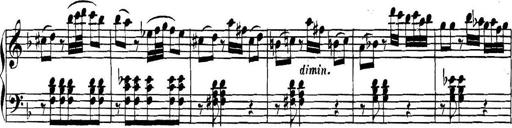
Title: Collected Piano Sonatas
Composer: Muzio Clementi